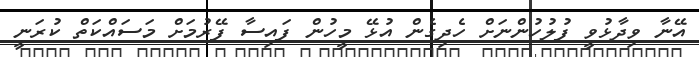
އޭނާ ވިދާޅުވީ ފުލުހުންނަށް ހެދިގެން އުޅޭ މީހުން ފައިސާ ފޭރުމަށް މަސައްކަތް ކުރަނީ